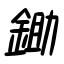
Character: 鋤